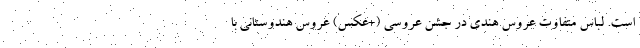
است. لباس متفاوت عروس هندی در جشن عروسی (+عکس) عروس هندوستانی با